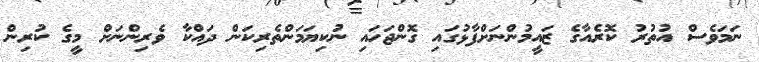
ނަމަވެސް އުތުރު ކޮރެއާގެ ޒައީމުންނަށްފާޅުގައި ގޮންޖަހައި ނުކިޔަމަންތެރިކަން ދައްކާ ވެރިންނަށް މީގެ ކުރިން